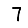
Digit: 7